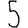
Digit: 5